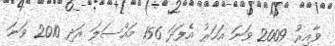
ވާއިރު 2009 ވަނަ އަހަރު އެފަދަ 156 މައްސަލަ އަދި 2010 ވަނަ